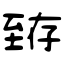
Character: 臶